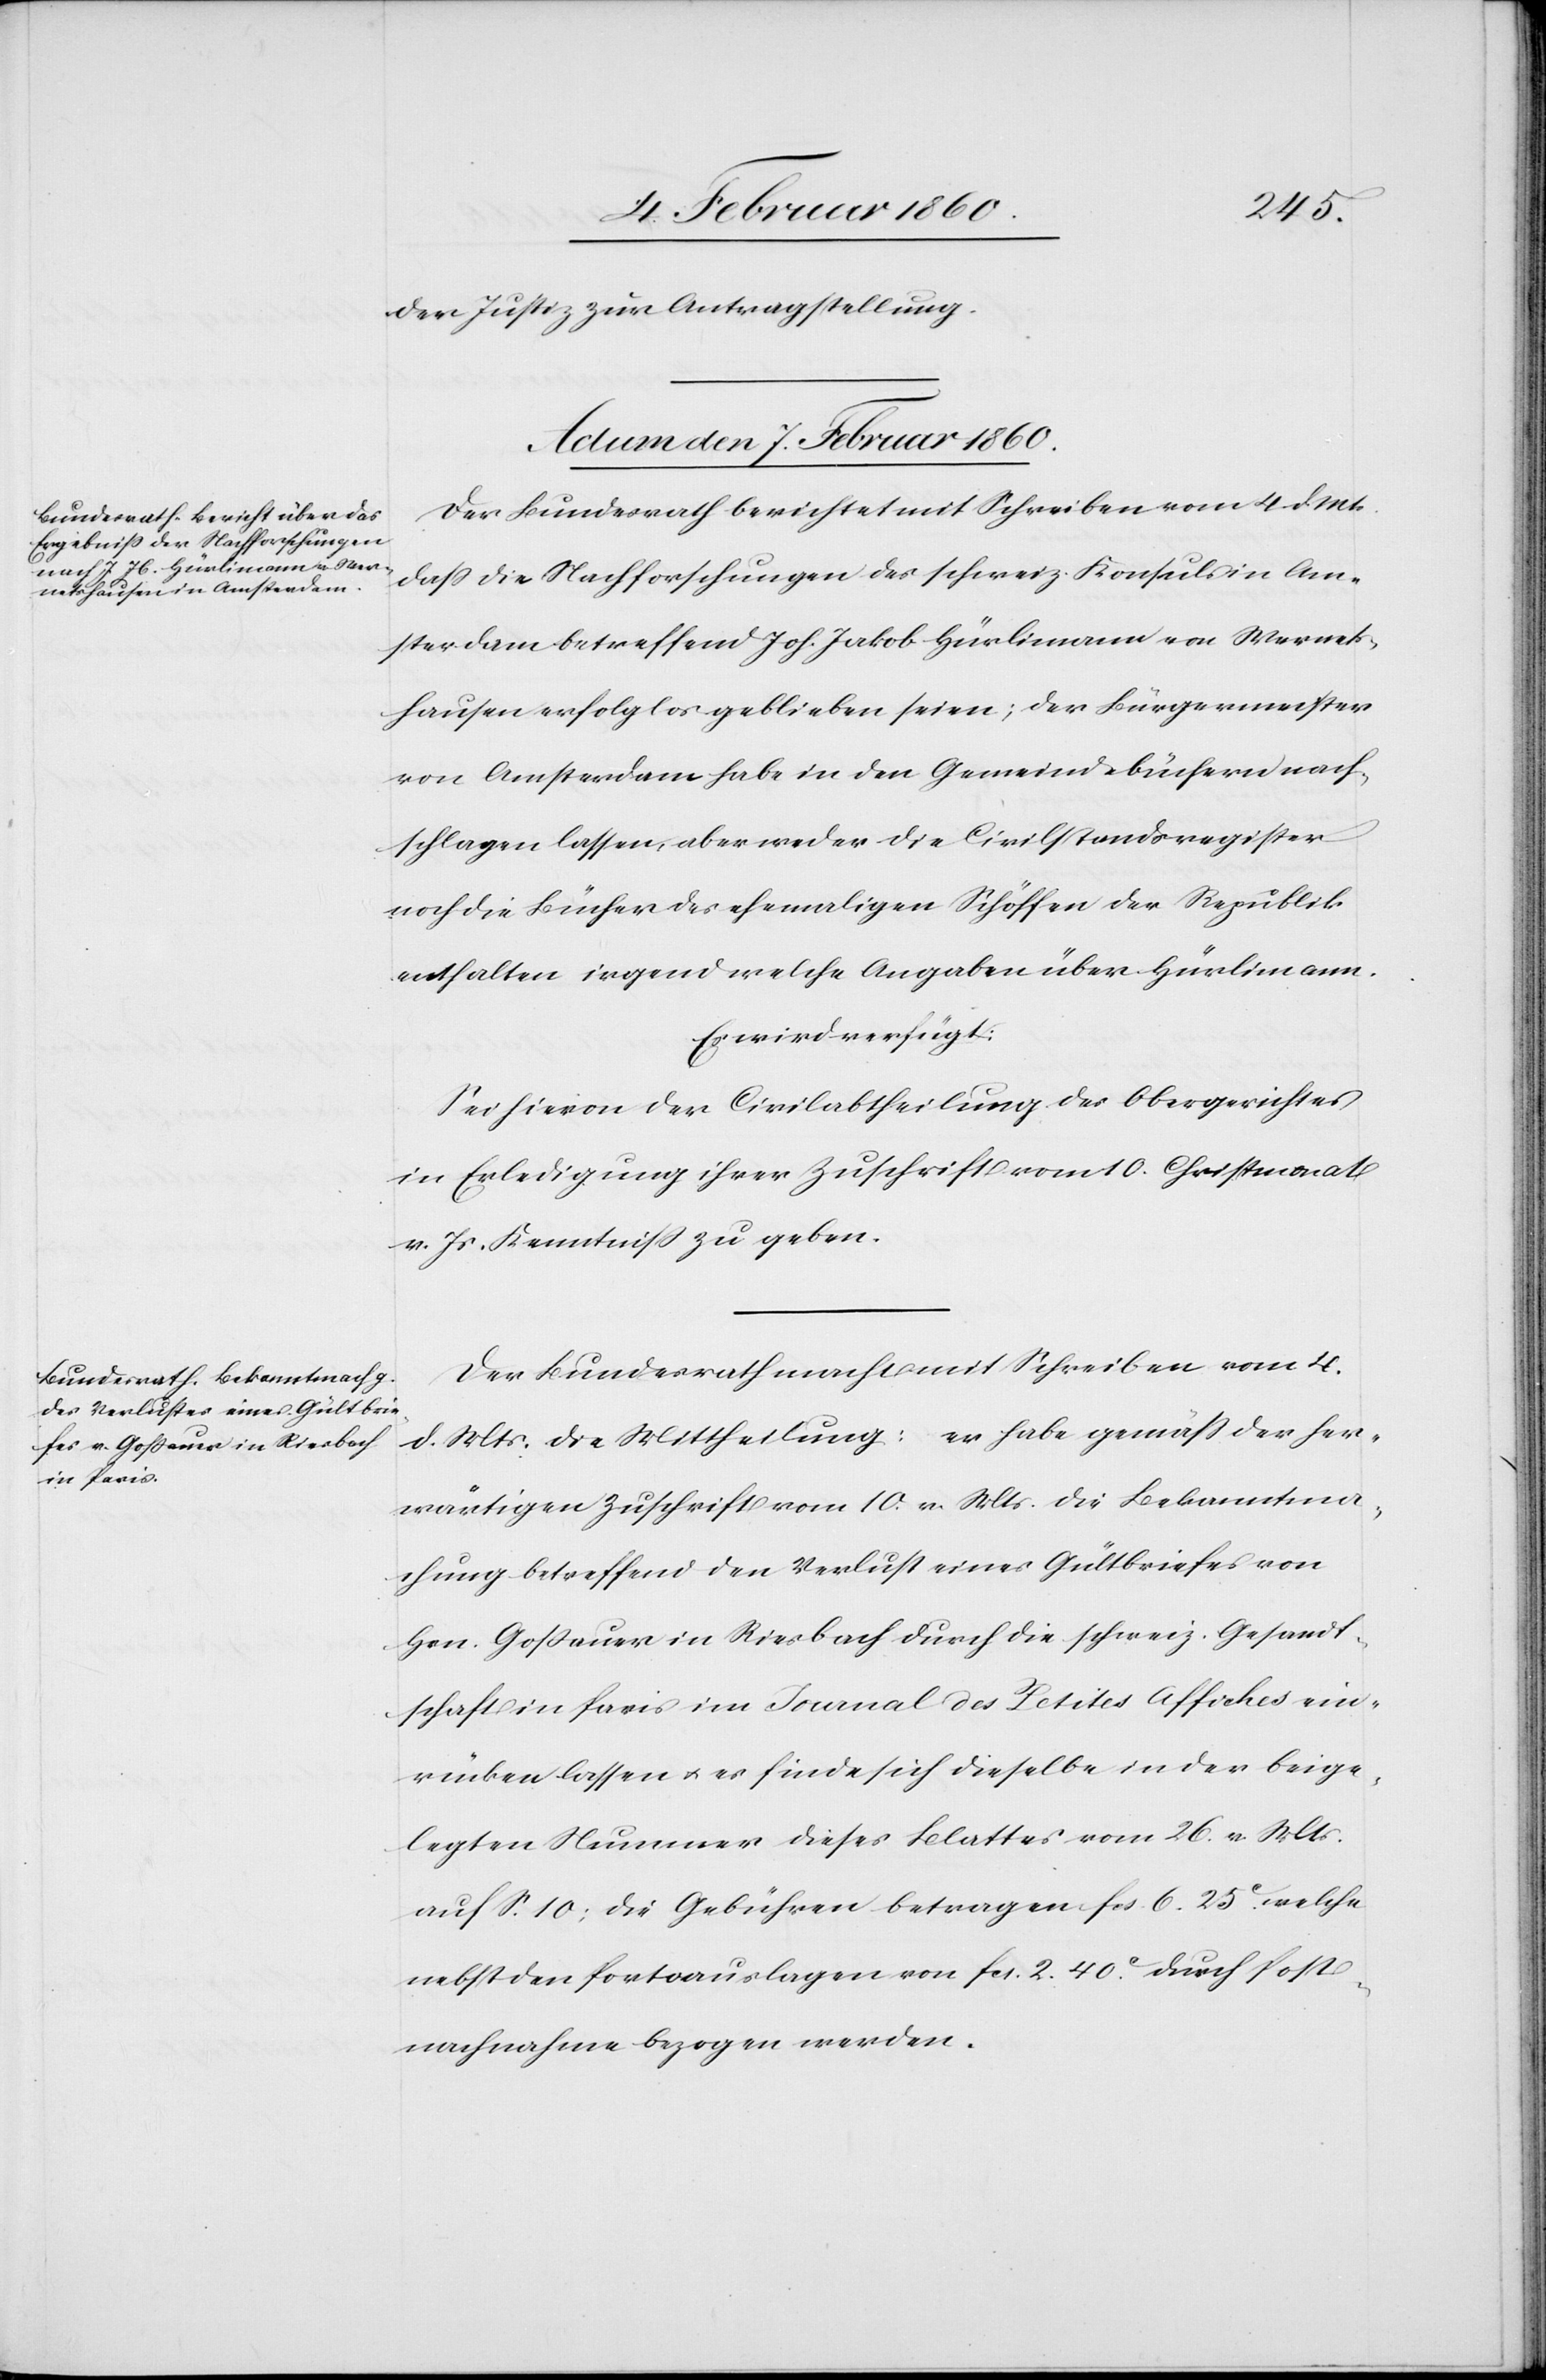
der Justiz zur Antragstellung.
Actum, den 7. Februar 1860.]
Der Bundesrath berichtet mit Schreiben vom 4. d. Mts.
dass die Nachforschungen des schweiz. Konsul in Am¬
sterdam betreffend Joh. Jakob Hürlimann von Wermats¬
hausen erfolglos geblieben seien; der Bürgermeister
von Amsterdam habe in den Gemeindsbüchern nach¬
schlagen lassen, aber weder die Civilstandsregister
noch die Bücher des ehemaligen Schöffen der Republik
enthalten irgendwelche Angaben über Hürlimann.
Es wird verfügt:
Sei hiervon der Civilabtheilung des Obergerichtes
in Erledigung ihrer Zuschrift vom 10. Christmonat
v. Js. Kenntniß zu geben.
Der Bundesrath macht mit Schreiben vom 4.
d. Mts. die Mittheilung: er habe gemäss der her¬
wärtigen Zuschrift vom 10. v. Mts. die Bekanntma¬
chung betreffend den Verlust eines Gültbriefes von
Hrn. Gossauer in Riesbach durch die schweiz. Gesandt¬
schaft in Paris im Journal des Petites Afiches ein¬
rücken lassen u. es finde sich dieselbe in der beige¬
legten Nummer dieses Blattes vom 26. v. Mts.
auf S. 10; die Gebühren betragen fcs. 6. 25C welche
nebst den Portoauslagen von fcs. 2. 40C durch Post¬
nachnahme bezogen werden.